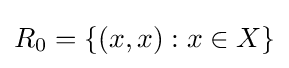
R_{0}=\{(x,x):x\in X\}